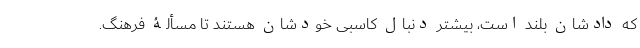
که دادشان بلند است، بیشتر دنبال کاسبی خودشان هستند تا مسألۀ فرهنگ.